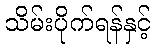
သိမ်းပိုက်ရန်နှင့်